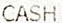
CASH